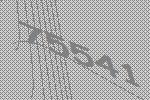
75541